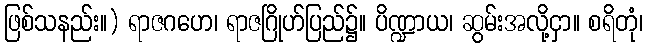
ဖြစ်သနည်း။) ရာဇဂဟေ၊ ရာဇဂြိုဟ်ပြည်၌။ ပိဏ္ဍာယ၊ ဆွမ်းအလို့ငှာ။ စရိတုံ၊